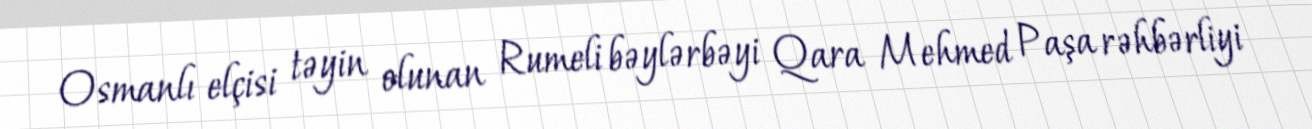
Osmanlı elçisi təyin olunan Rumeli bəylərbəyi Qara Mehmed Paşa rəhbərliyi